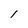
Character: 1